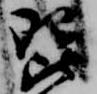
琵